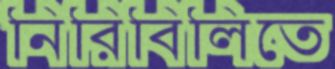
নিরিবিলিতে